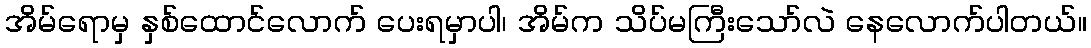
အိမ်ရောမှ နှစ်ထောင်လောက် ပေးရမှာပါ၊ အိမ်က သိပ်မကြီးသော်လဲ နေလောက်ပါတယ်။